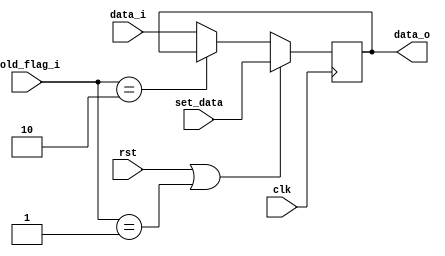
module DFF_SET 
#
(
	parameter DW = 32
)
(
	input  wire          clk        ,
	input  wire          rst        ,
	input  wire [1   :0] hold_flag_i,
	input  wire [DW-1:0] set_data   ,
	input  wire [DW-1:0] data_i     ,
	output reg  [DW-1:0] data_o
);

	always @(posedge clk)
		begin
			if(rst == 1'b1 || hold_flag_i==2'b01) begin
				data_o <= set_data;
			end
			else if(hold_flag_i==2'b10) begin
				data_o <= data_o;
			end
			else begin
				data_o <= data_i;
			end
		end

endmodule